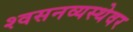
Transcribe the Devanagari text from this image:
श्वसनव्यस्थेवर